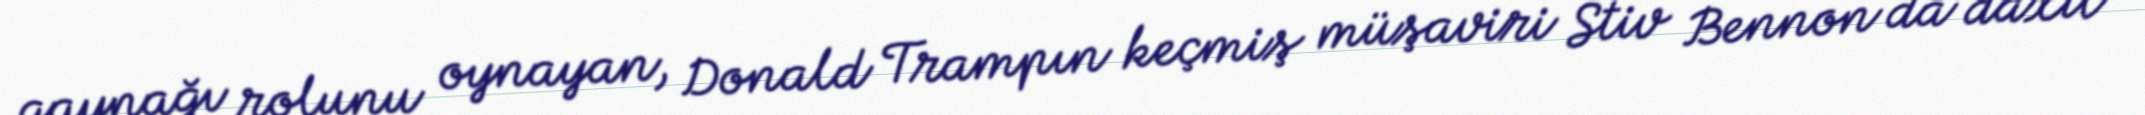
qaynağı rolunu oynayan, Donald Trampın keçmiş müşaviri Stiv Bennon da daxil